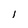
Character: 1